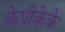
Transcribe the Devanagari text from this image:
केपीकेके